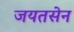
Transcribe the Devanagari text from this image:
जयतसेन